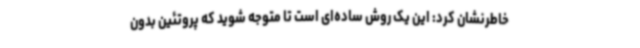
خاطرنشان کرد: این یک روش ساده‌ای است تا متوجه شوید که پروتئین بدون